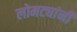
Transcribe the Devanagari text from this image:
लोमट्यांनी